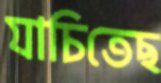
যাচিতেছ